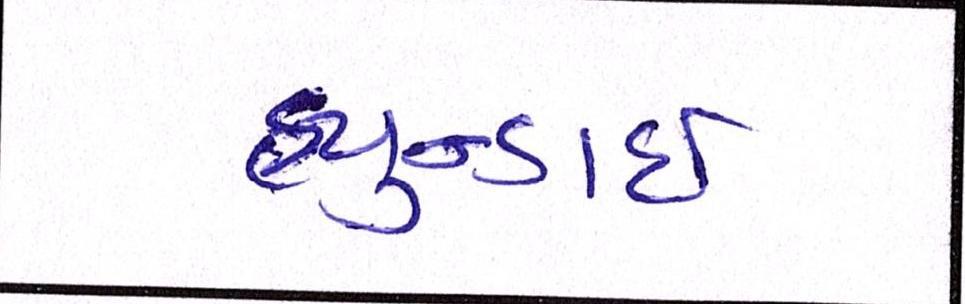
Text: હ્યુન્ડાઇ